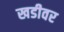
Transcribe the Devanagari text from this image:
खडीवर